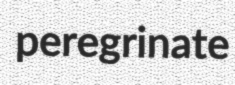
peregrinate